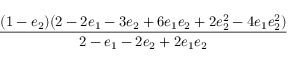
\displaystyle \frac { ( 1 - e _ { 2 } ) ( 2 - 2 e _ { 1 } - 3 e _ { 2 } + 6 e _ { 1 } e _ { 2 } + 2 e _ { 2 } ^ { 2 } - 4 e _ { 1 } e _ { 2 } ^ { 2 } ) } { 2 - e _ { 1 } - 2 e _ { 2 } + 2 e _ { 1 } e _ { 2 } }